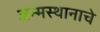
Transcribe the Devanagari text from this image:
जन्मस्थानाचे